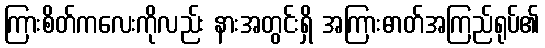
ကြားစိတ်ကလေးကိုလည်း နားအတွင်းရှိ အကြားဓာတ်အကြည်ရုပ်၏